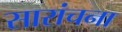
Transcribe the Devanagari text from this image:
सारांचना